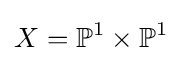
X=\mathbb {P} ^{1}\times \mathbb {P} ^{1}